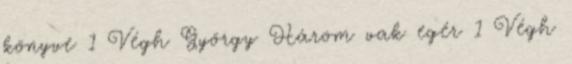
könyve 1 Végh György Három vak egér 1 Végh